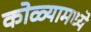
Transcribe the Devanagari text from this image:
कोळ्यामध्ये